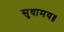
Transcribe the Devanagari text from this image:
सुधामय॥